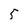
Character: 5